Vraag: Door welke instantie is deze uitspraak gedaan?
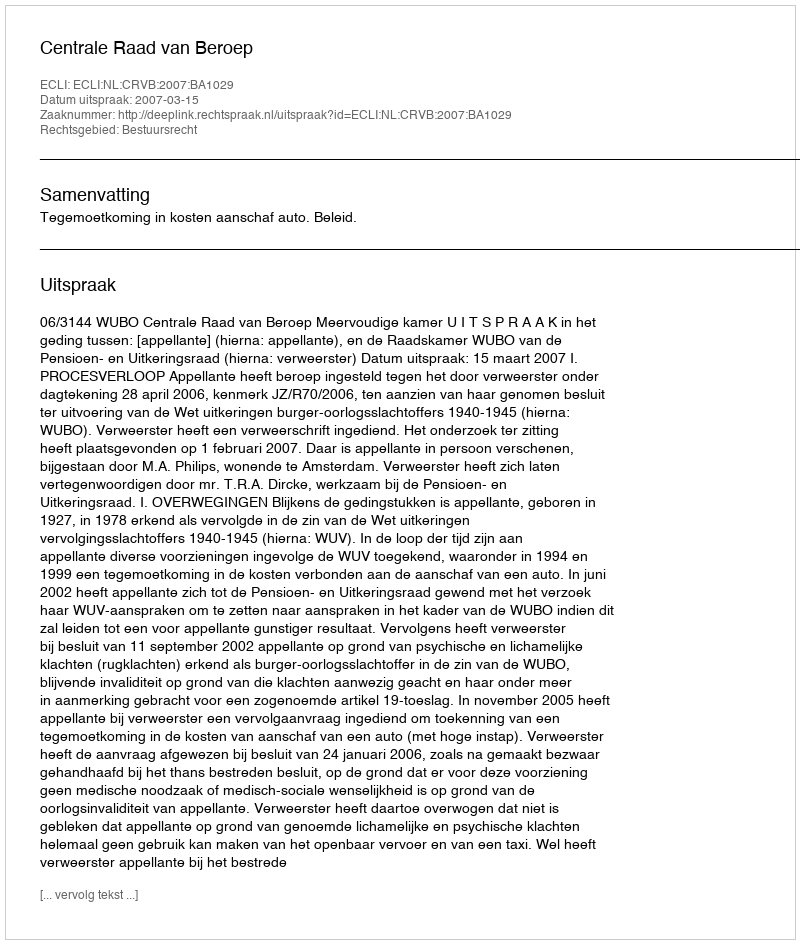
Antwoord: Centrale Raad van Beroep